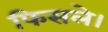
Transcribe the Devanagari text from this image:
फिसले।